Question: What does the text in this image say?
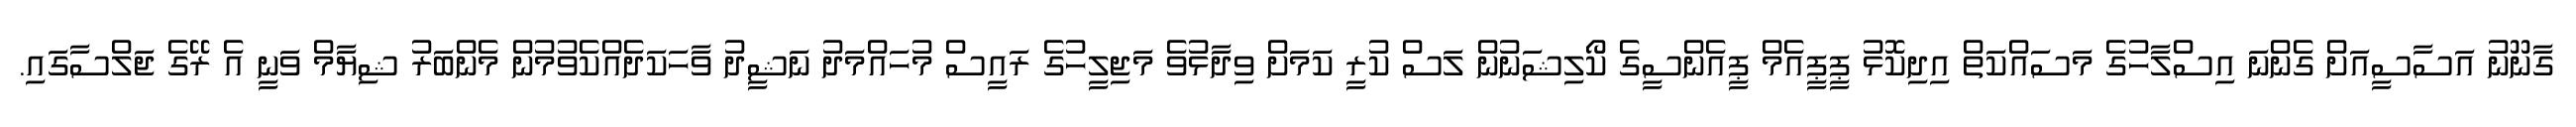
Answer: ގާނޫނު އަސާސީއަށް ގެންނަ އިސްލާހުގެ މަސައްކަތް އިދިކޮޅު ޕީޕީއެމް ޕީއެންސީގެ ކޯލިޝަނުން ލަސް ކުރީ ކަމަށް ވިދާޅުވެ މަޖިލީހުގެ ރައީސް މުހައްމަދު ނަޝީދު ވާހަކަދެއްކެވުމުން މެންބަރު ޝިޔާމް ވަނީ އެ ރޭގެ ޖަލްސާގައި.